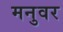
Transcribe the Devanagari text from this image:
मनुवर